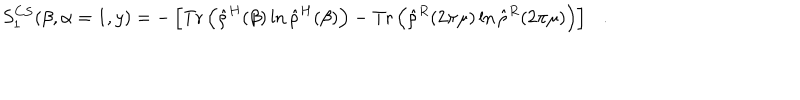
S _ { 1 } ^ { C S } ( \beta , \alpha = 1 , y ) = - \left[ \mathrm { T r } \left( \hat { \rho } ^ { H } ( \beta ) \ln \hat { \rho } ^ { H } ( \beta ) \right) - \mathrm { T r } \left( \hat { \rho } ^ { R } ( 2 \pi \mu ) \ln \hat { \rho } ^ { R } ( 2 \pi \mu ) \right) \right] .